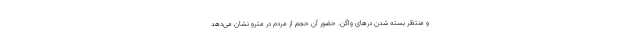
و منتظر بسته شدن درهای واگن. حضور آن حجم از مردم در مترو نشان می‌دهد